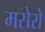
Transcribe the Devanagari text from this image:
मसेरो